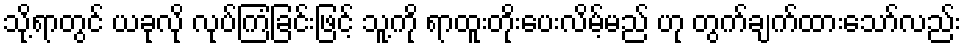
သို့ရာတွင် ယခုလို လုပ်ကြံခြင်းဖြင့် သူ့ကို ရာထူးတိုးပေးလိမ့်မည် ဟု တွက်ချက်ထားသော်လည်း